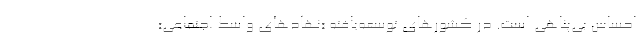
احساس بی‌پناهی است. در کشورهای توسعه‌یافته «نهادهای واسط اجتماعی»